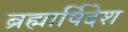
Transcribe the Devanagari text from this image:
ब्रह्मार्षिदेश